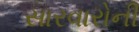
સારવારોની